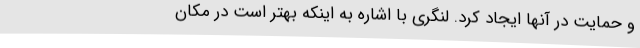
و حمایت در آنها ایجاد کرد. لنگری با اشاره به اینکه بهتر است در مکان